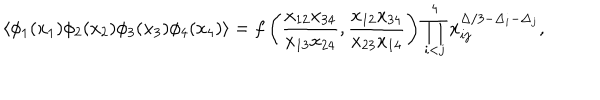
\langle \phi _ { 1 } ( x _ { 1 } ) \phi _ { 2 } ( x _ { 2 } ) \phi _ { 3 } ( x _ { 3 } ) \phi _ { 4 } ( x _ { 4 } ) \rangle = f \left( \frac { x _ { 1 2 } x _ { 3 4 } } { x _ { 1 3 } x _ { 2 4 } } , \frac { x _ { 1 2 } x _ { 3 4 } } { x _ { 2 3 } x _ { 1 4 } } \right) \prod _ { i < j } ^ { 4 } x _ { i j } ^ { \Delta / 3 - \Delta _ { i } - \Delta _ { j } } ,